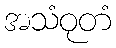
အသံဝုတံ